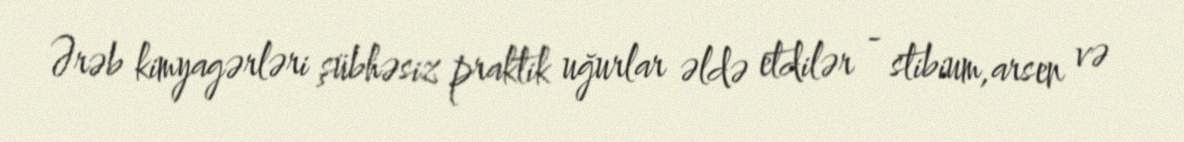
Ərəb kimyagərləri şübhəsiz praktik uğurlar əldə etdilər - stibium,arsen və